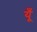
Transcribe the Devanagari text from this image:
यँू